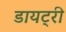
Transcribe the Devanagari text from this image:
डायट्री